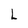
Character: L